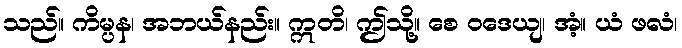
သည်။ ကိမ္ပန၊ အဘယ်နည်း။ ဣတိ၊ ဤသို့။ စေ ဝဒေယျ၊ အံ့။ ယံ ဖလံ၊